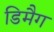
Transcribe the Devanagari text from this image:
डिमैग